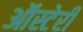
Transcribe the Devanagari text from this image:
ऑस्टेरी